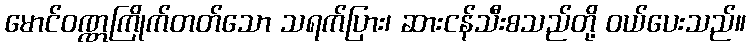
မောင်ဝဏ္ဏကြိုက်တတ်သော သရက်ပြား၊ ဆားငန်သီးစသည်တို့ ဝယ်ပေးသည်။